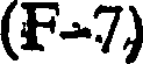
(F-7)